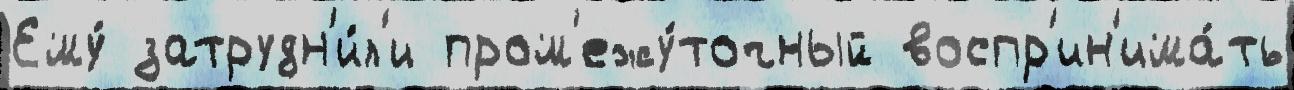
Ему́ затрудн'и́л'и пром'ежу́точный воспр'ин'има́ть